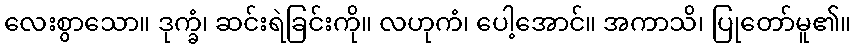
လေးစွာသော။ ဒုက္ခံ၊ ဆင်းရဲခြင်းကို။ လဟုကံ၊ ပေါ့အောင်။ အကာသိ၊ ပြုတော်မူ၏။